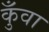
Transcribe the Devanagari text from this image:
कुँवा